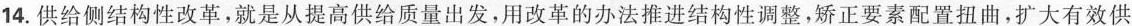
14.供给侧结构性改革，就是从提高供给质量出发，用改革的办法推进结构性调整，矫正要素配置扭曲，扩大有效供